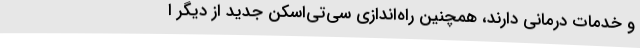
و خدمات درمانی دارند، همچنین راه‌اندازی سی‌تی‌اسکن جدید از دیگر ا